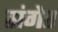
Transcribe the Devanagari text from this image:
संगेर